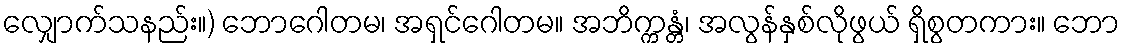
လျှောက်သနည်း။) ဘောဂေါတမ၊ အရှင်ဂေါတမ။ အဘိက္ကန္တံ၊ အလွန်နှစ်လိုဖွယ် ရှိစွတကား။ ဘော